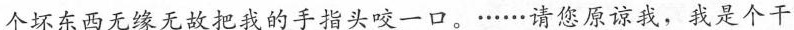
个坏东西无缘无故把我的手指头咬一口。·...··请您原谅我，我是个干